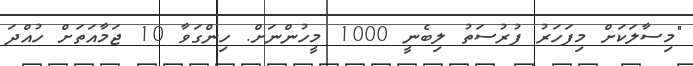
"މިސާލަކަށް މިފަހަރު ފުރުސަތު ލިބެނީ 1000 މީހުންނަށް. ހިންގަވާ 10 ޖަމާއަތަށް ހުއްދަ